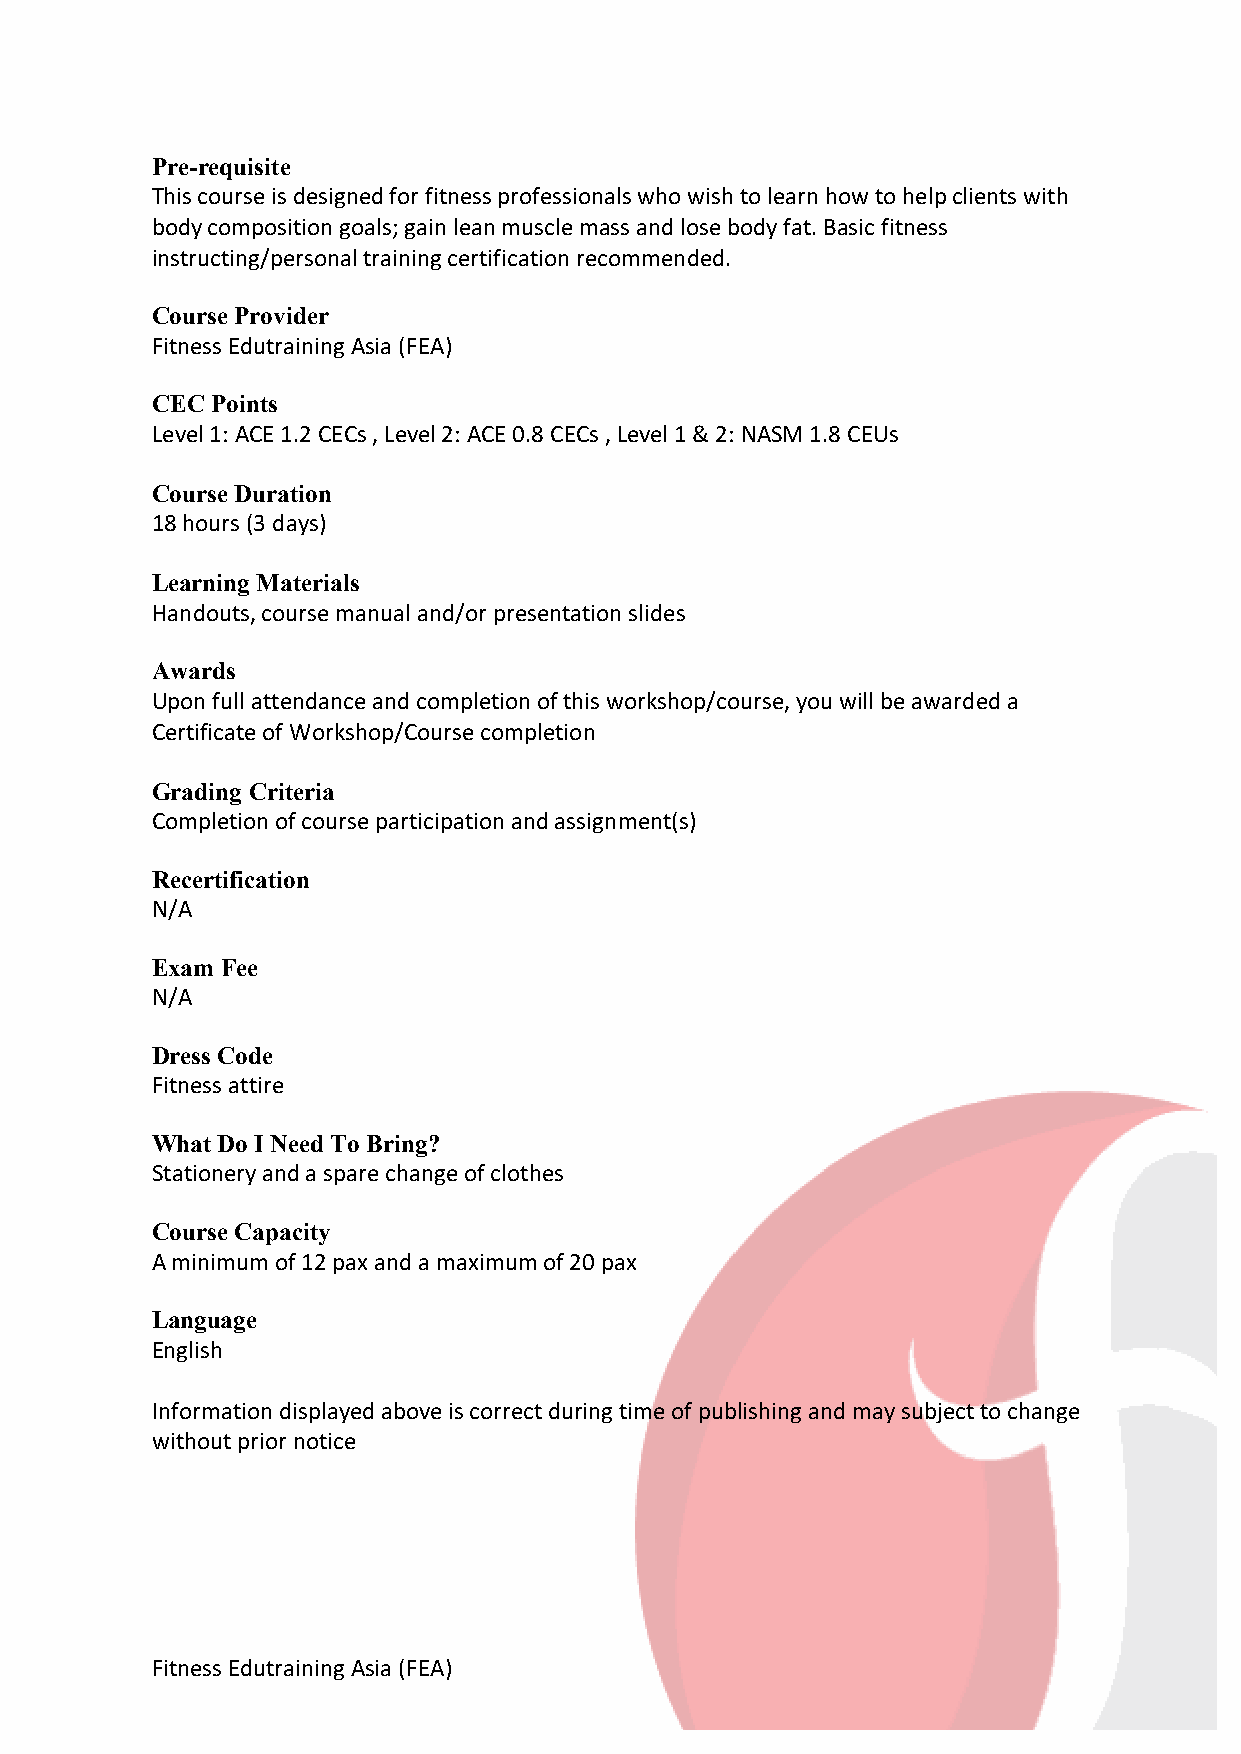
Pre-requisite
 This course is designed for fitness professionals who wish to learn how to help clients with
 body composition goals; gain lean muscle mass and lose body fat. Basic fitness
 instructing/personal training certification recommended.
 Course Provider
 Fitness Edutraining Asia (FEA)
 CEC Points
 Level 1: ACE 1.2 CECs , Level 2: ACE 0.8 CECs , Level 1 & 2: NASM 1.8 CEUs
 Course Duration
 18 hours (3 days)
 Learning Materials
 Handouts, course manual and/or presentation slides
 Awards
 Upon full attendance and completion of this workshop/course, you will be awarded a
 Certificate of Workshop/Course completion
 Grading Criteria
 Completion of course participation and assignment(s)
 Recertification
 N/A
 Exam Fee
 N/A
 Dress Code
 Fitness attire
 What Do I Need To Bring?
 Stationery and a spare change of clothes
 Course Capacity
 A minimum of 12 pax and a maximum of 20 pax
 Language
 English
 Information displayed above is correct during time of publishing and may subject to change
 without prior notice
 Fitness Edutraining Asia (FEA)